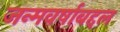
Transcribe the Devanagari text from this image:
जन्मवर्षाबद्दल